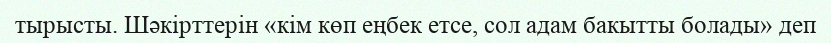
тырысты. Шәкірттерін «кім көп еңбек етсе, сол адам бакытты болады» деп